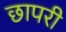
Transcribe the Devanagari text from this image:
छापरी